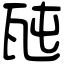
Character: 瓲